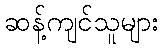
ဆန့်ကျင်သူများ